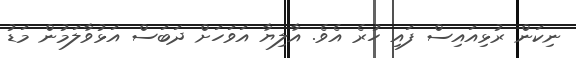
ނިކަން ރުޅިއައިސް ފައި ހުރެ އެވެ. އާލިޔާ އަވަހަށް ދަބަސް އަޅުވާލަމުން މަޑު